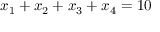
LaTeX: x _ { 1 } + x _ { 2 } + x _ { 3 } + x _ { 4 } = 1 0